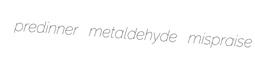
predinner metaldehyde mispraise